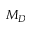
M _ { D }